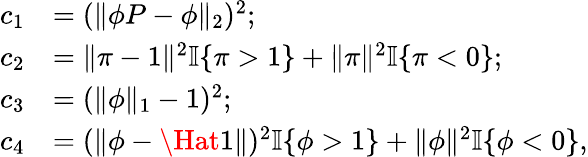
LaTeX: \begin{array}{rl}{c_{1}}&{=(\| \phi P-\phi\| _{2})^{2};}\\ {c_{2}}&{=\| \pi-1\| ^{2}\mathbb{I}\{ \pi>1\} +\| \pi\| ^{2}\mathbb{I}\{ \pi<0\} ;}\\ {c_{3}}&{=(\| \phi\| _{1}-1)^{2};}\\ {c_{4}}&{=(\| \phi-\Hat{1}\| )^{2}\mathbb{I}\{ \phi>1\} +\| \phi\| ^{2}\mathbb{I}\{ \phi<0\} ,}\end{array}